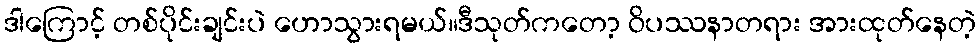
ဒါကြောင့် တစ်ပိုင်းချင်းပဲ ဟောသွားရမယ်။ဒီသုတ်ကတော့ ဝိပဿနာတရား အားထုတ်နေတဲ့